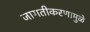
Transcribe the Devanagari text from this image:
जागतीकरणामुळे